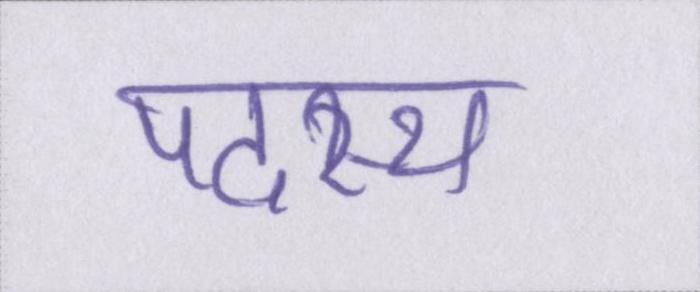
पदस्थ